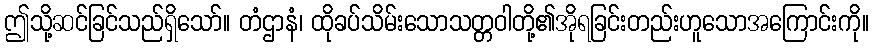
ဤသို့ဆင်ခြင်သည်ရှိသော်။ တံဌာနံ၊ ထိုခပ်သိမ်းသောသတ္တဝါတို့၏အိုရခြင်းတည်းဟူသောအကြောင်းကို။